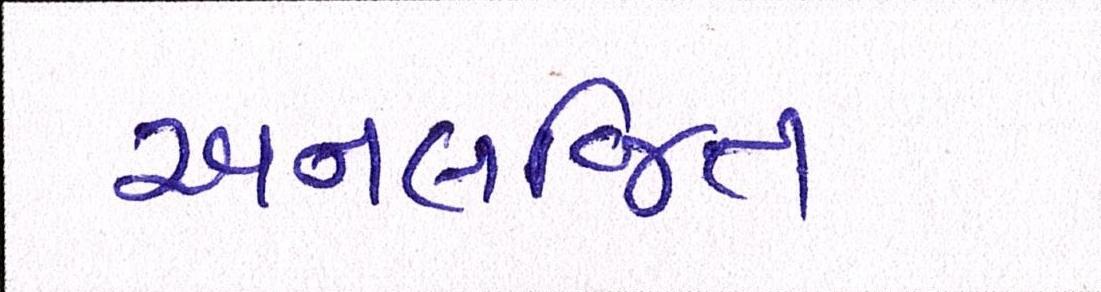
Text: અનલજિત